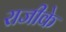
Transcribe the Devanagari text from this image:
राजीके